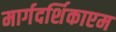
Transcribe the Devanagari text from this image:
मार्गदर्शिकाएम